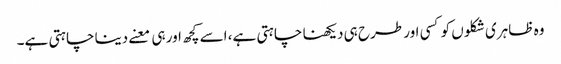
وہ ظاہری شکلوں کو کسی اور طرح ہی دیکھنا چاہتی ہے، اسے کچھ اور ہی معنے دینا چاہتی ہے۔